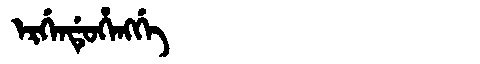
Manchu: ᡝᡵᡤᡝᠨᡩᡠᡥᡝᠩᡤᡝ
Romanization: ERGENDUHENGGE